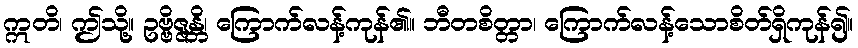
ဣတိ၊ ဤသို့။ ဥဗ္ဗိဇ္ဇန္တိ၊ ကြောက်လန့်ကုန်၏။ ဘီတစိတ္တာ၊ ကြောက်လန့်သောစိတ်ရှိကုန်၍။